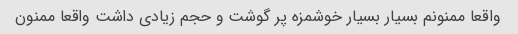
واقعا ممنونم بسیار بسیار خوشمزه پر گوشت و حجم زیادی داشت واقعا ممنون